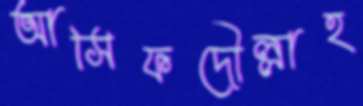
আসিফদৌল্লাহ